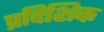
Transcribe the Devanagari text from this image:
प्रदिशिक